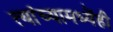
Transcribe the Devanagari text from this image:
त्यांच्यामध्येंही